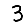
Digit: 3